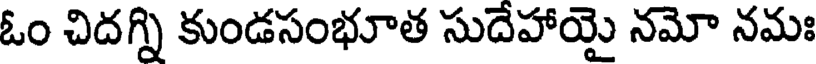
ఓం చిదగ్ని కుండసంభూత సుదేహాయై నమో నమః